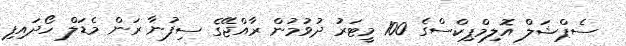
ސެޕްޝަލް އޮލިމްޕިކްސްގެ 100 މީޓަރު ދުވުމުން ރާއްޖޭގެ ސިފުނާ ރަން މެޑަލް ހޯދައިފި